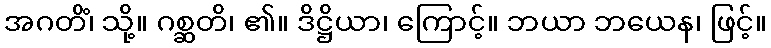
အဂတိံ၊ သို့။ ဂစ္ဆတိ၊ ၏။ ဒိဋ္ဌိယာ၊ ကြောင့်။ ဘယာ ဘယေန၊ ဖြင့်။